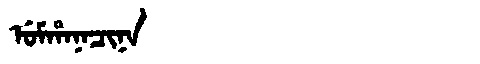
Manchu: ᡠᠮᡥᠠᠨᠠᠴᡳᠨᠠ
Romanization: UMHANACINA